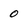
Character: O